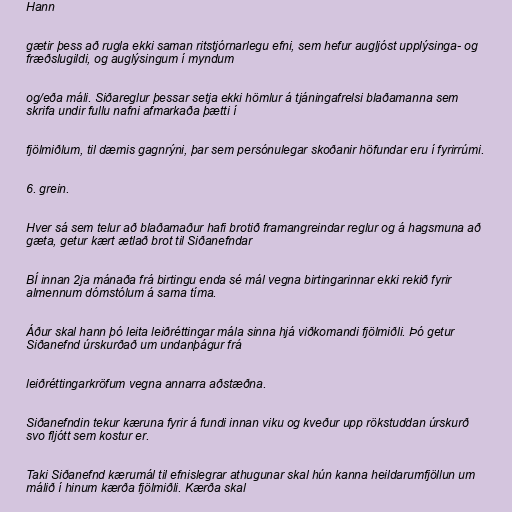
Hann

gætir þess að rugla ekki saman ritstjórnarlegu efni, sem hefur augljóst upplýsinga- og
fræðslugildi, og auglýsingum í myndum

og/eða máli. Siðareglur þessar setja ekki hömlur á tjáningafrelsi blaðamanna sem
skrifa undir fullu nafni afmarkaða þætti í

fjölmiðlum, til dæmis gagnrýni, þar sem persónulegar skoðanir höfundar eru í fyrirrúmi.

6. grein.

Hver sá sem telur að blaðamaður hafi brotið framangreindar reglur og á hagsmuna að
gæta, getur kært ætlað brot til Siðanefndar

BÍ innan 2ja mánaða frá birtingu enda sé mál vegna birtingarinnar ekki rekið fyrir
almennum dómstólum á sama tíma.

Áður skal hann þó leita leiðréttingar mála sinna hjá viðkomandi fjölmiðli. Þó getur
Siðanefnd úrskurðað um undanþágur frá

leiðréttingarkröfum vegna annarra aðstæðna.

Siðanefndin tekur kæruna fyrir á fundi innan viku og kveður upp rökstuddan úrskurð
svo fljótt sem kostur er.

Taki Siðanefnd kærumál til efnislegrar athugunar skal hún kanna heildarumfjöllun um
málið í hinum kærða fjölmiðli. Kærða skal